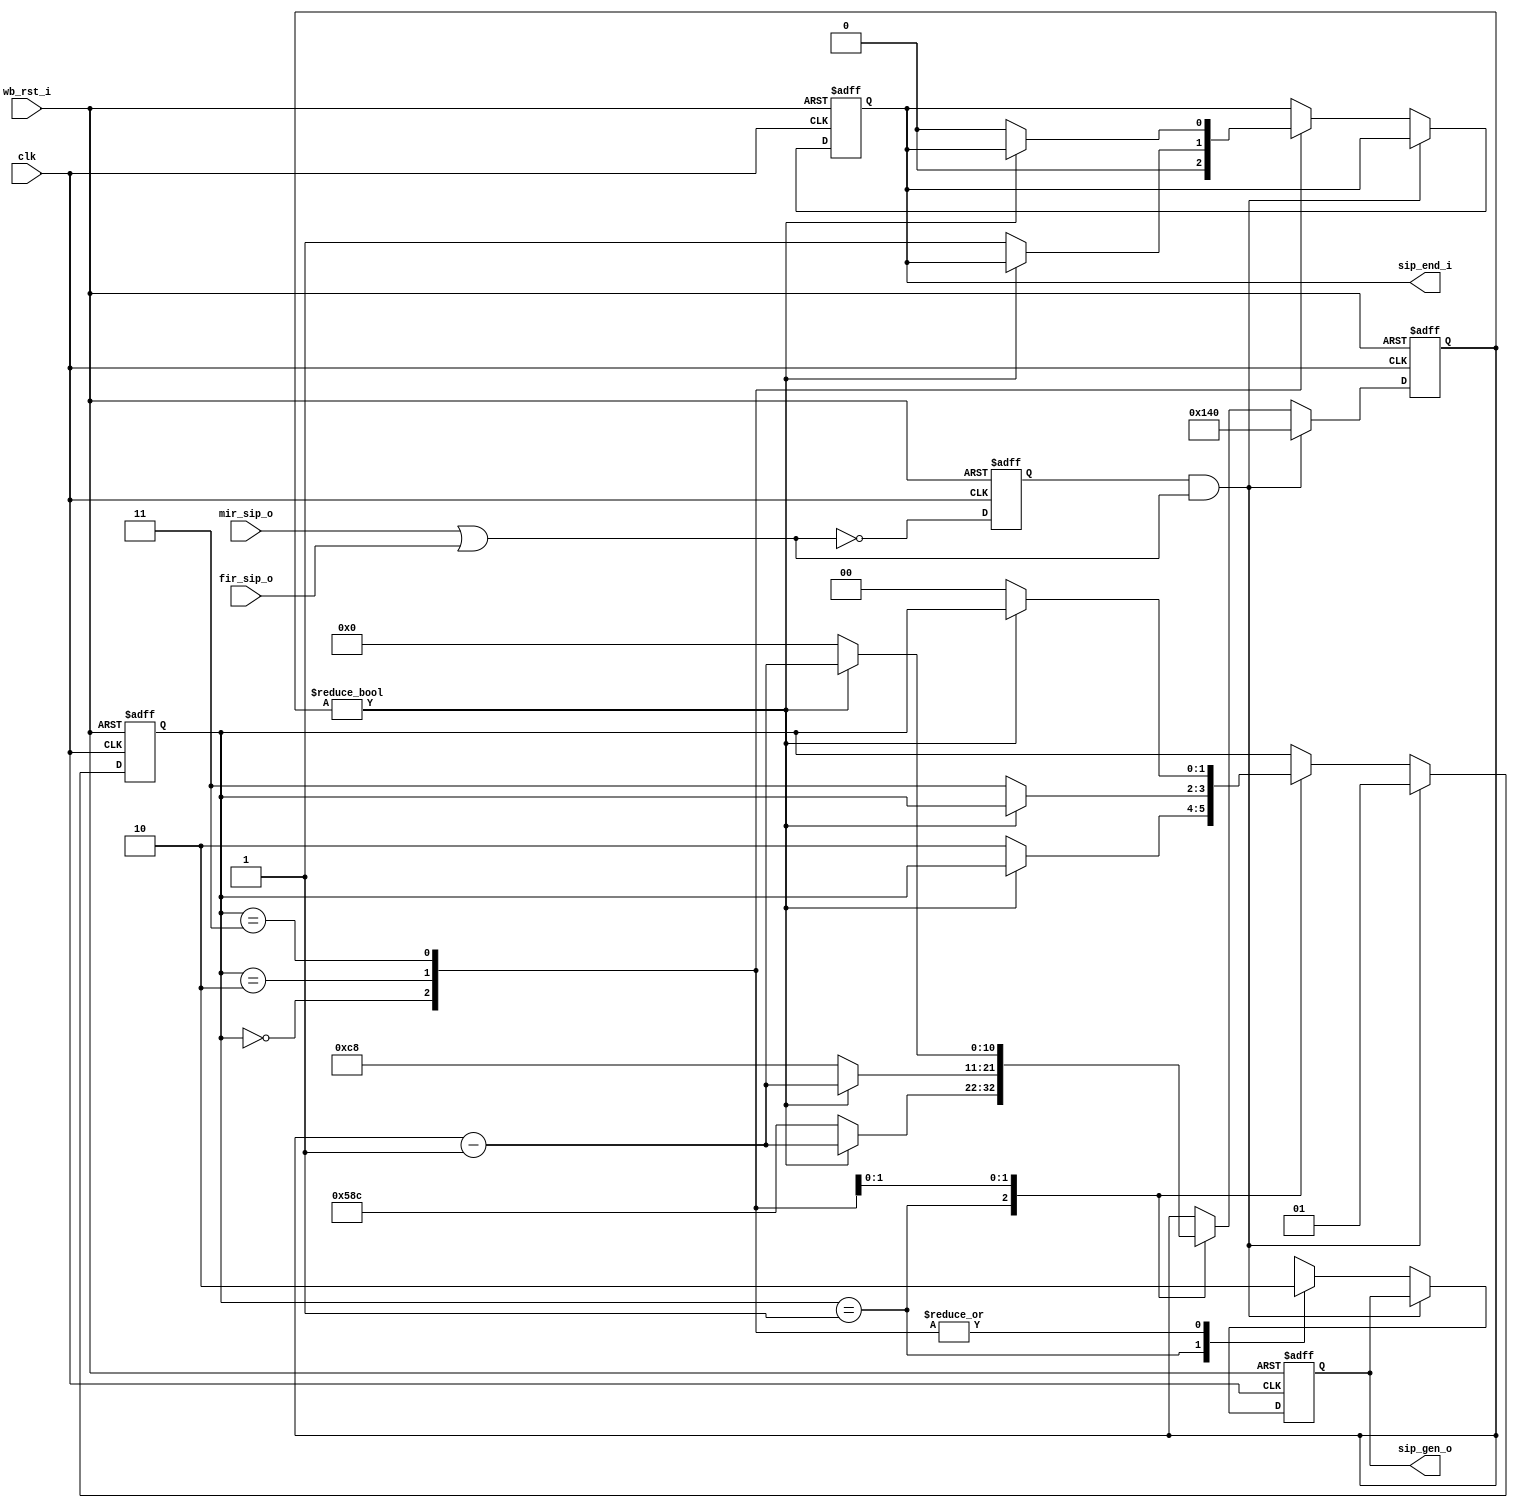
module irda_sip_gen (clk, wb_rst_i, mir_sip_o, fir_sip_o, sip_end_i, sip_gen_o);

parameter 	 high_clocks=320;
parameter 	 low_clocks=1420;
parameter 	 sip_end_clocks=200; // 1 us

input 		 clk;
input 		 wb_rst_i;
input 		 mir_sip_o;		// mir mode sip request
input 		 fir_sip_o;		// fir mode sip request
output 		 sip_end_i;	// end of sip generation signal
output 		 sip_gen_o;  // the SIP signal output

reg 			 sip_end_i;
reg 			 sip_gen_o;

reg [10:0] 	 sip_counter;
reg 			 sip_delay;

wire 			 sip_req; // request for SIP after rise detection
wire 			 sip_o = mir_sip_o | fir_sip_o;
// rise detection for sip_o input
always @(posedge clk or posedge wb_rst_i)
begin
	if (wb_rst_i)
		sip_delay <= #1 0;
	else
		sip_delay <= #1 ~sip_o;
end

assign sip_req = sip_delay & sip_o;

reg	[1:0]	state;

parameter st_idle=0, st_high=1, st_low=2, st_send_end=3;

always @(posedge clk or posedge wb_rst_i)
begin
	if (wb_rst_i) begin
		sip_end_i 		<= #1 0;
		sip_counter 	<= #1 0;
		sip_gen_o 		<= #1 0;
		state 			<= #1 st_idle;
	end else if (sip_req) begin /// start the SIP 
		state 			<= #1 st_high; // Enter high state
		sip_counter 	<= #1 high_clocks; 
	end else
	case (state)
		st_idle :
			begin
				sip_end_i <= #1 0;
				sip_gen_o <= #1 0;
			end
		st_high :
			begin
				sip_gen_o <= #1 1;
				if (sip_counter != 0)
					sip_counter <= #1 sip_counter - 1;
				else begin
					state 			<= #1 st_low;
					sip_counter 	<= #1 low_clocks;
				end
			end
		st_low :
			begin
				sip_gen_o <= #1 0;
				if (sip_counter != 0)
					sip_counter <= #1 sip_counter - 1;
				else begin
					state 			<= #1 st_send_end;
					sip_end_i 		<= #1 1;
					sip_counter 	<= #1 sip_end_clocks;
				end
			end
		st_send_end :
			begin
				sip_gen_o <= #1 0;
				if (sip_counter != 0)
					sip_counter <= #1 sip_counter - 1;
				else begin
					state 			<= #1 st_idle;
					sip_end_i 		<= #1 0;
					sip_counter 	<= #1 0;
				end
			end
		default :
			state <= #1 st_idle;
	endcase

end

endmodule